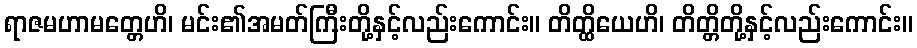
ရာဇမဟာမတ္တေဟိ၊ မင်း၏အမတ်ကြီးတို့နှင့်လည်းကောင်း။ တိတ္ထိယေဟိ၊ တိတ္တိတို့နှင့်လည်းကောင်း။